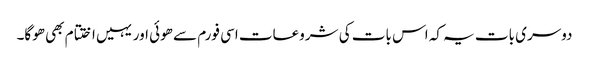
دوسری بات یہ کہ اس بات کی شروعات اسی فورم سے ھوئی اور یہیں اختتام بھی ھوگا۔